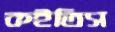
কইতিস